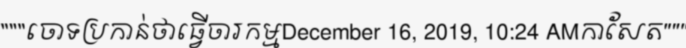
"""ចោទប្រកាន់ថាធ្វើចារកម្មDecember 16, 2019, 10:24 AMកាសែត"""